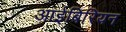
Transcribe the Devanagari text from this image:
आईबिरियन